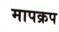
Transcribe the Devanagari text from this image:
मापक्रप